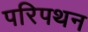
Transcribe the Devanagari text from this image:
परिपथन